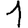
Digit: 1